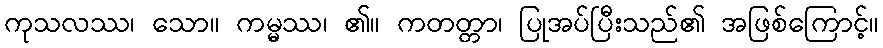
ကုသလဿ၊ သော။ ကမ္မဿ၊ ၏။ ကတတ္တာ၊ ပြုအပ်ပြီးသည်၏ အဖြစ်ကြောင့်။